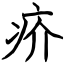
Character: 疥